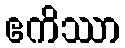
ဧကိဿာ